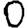
Digit: 0